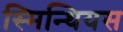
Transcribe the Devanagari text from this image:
स्मिन्थियस